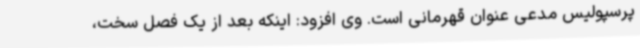
پرسپولیس مدعی عنوان قهرمانی است. وی افزود: اینکه بعد از یک فصل سخت،